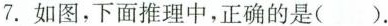
7.如图，下面推理中，正确的是()。